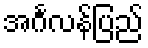
အင်္ဂလန်ပြည်